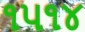
૧૫૧૪